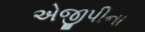
એજીપીના